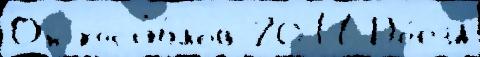
Он кост'ю́мов 2011 По́езд